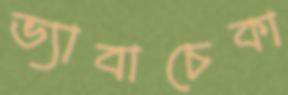
ভ্যাবাচেকা